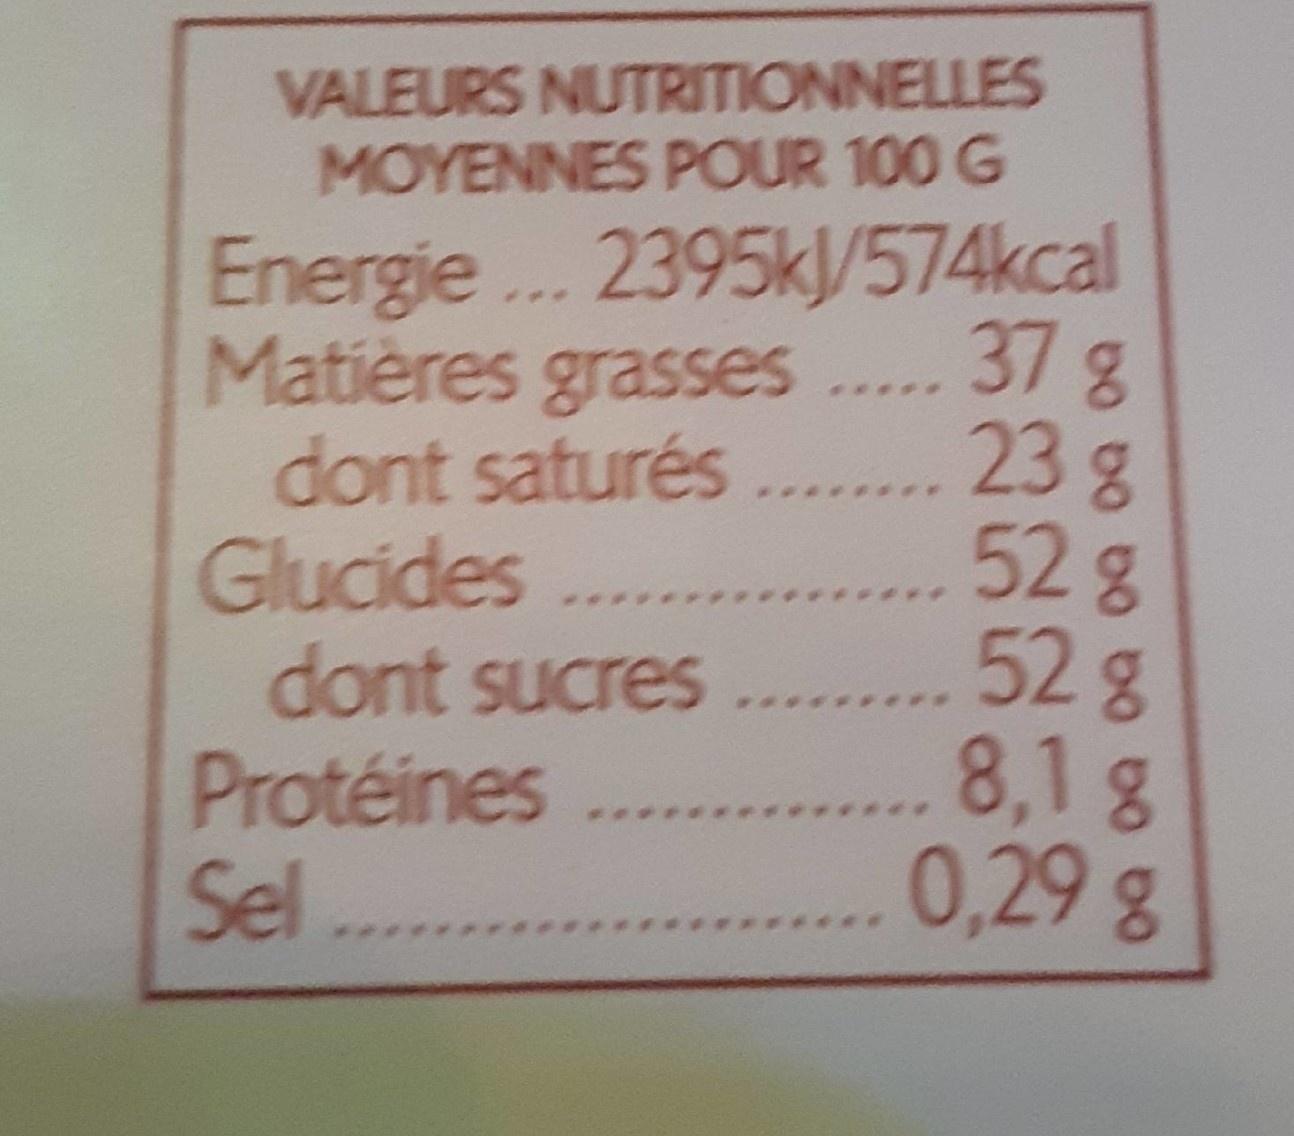
VALEURS NUTRITIONNELLES MOYENNES POUR 100 G
Energie... 2395k/574kcal Matières grasses .... 37 g dont saturés ..... 23 g Glucides... dont sucres ... Protéines Sel
528 52g 8,1g 0,29 g
..